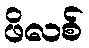
ဖိလစ်